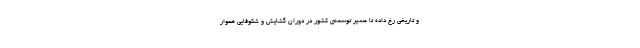
و تاریخی رخ داده تا مسیر توسعه‌ی کشور در دوران گشایش و شکوفایی هموار